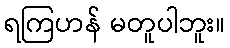
ရကြဟန် မတူပါဘူး။